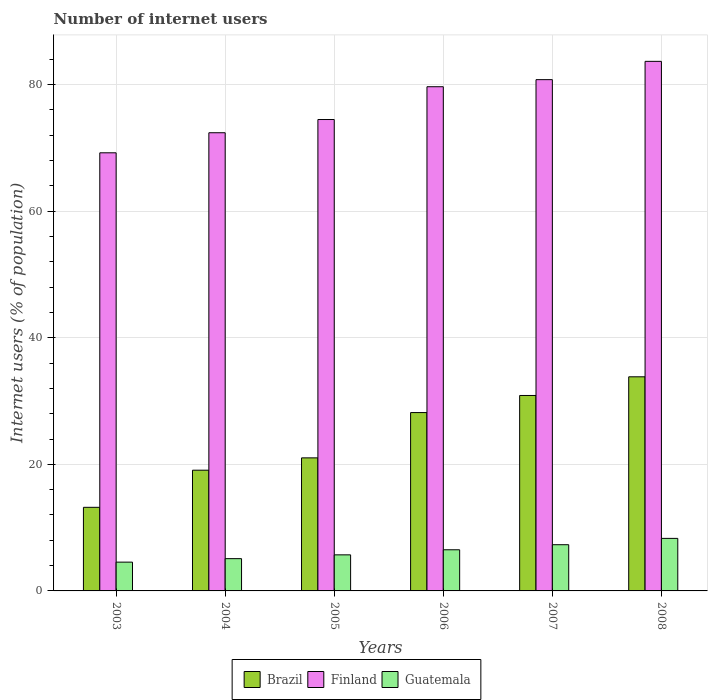
| Years | Brazil | Finland | Guatemala |
 | --- | --- | --- | --- |
 | 2003 | 13.2 | 69.2 | 4.55 |
 | 2004 | 19.1 | 72.4 | 5.1 |
 | 2005 | 21 | 74.5 | 5.7 |
 | 2006 | 28.2 | 79.7 | 6.5 |
 | 2007 | 30.9 | 80.8 | 7.3 |
 | 2008 | 33.8 | 83.7 | 8.3 |